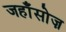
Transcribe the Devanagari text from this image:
जहाँसोज़